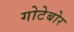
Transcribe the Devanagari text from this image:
गोटेबोर